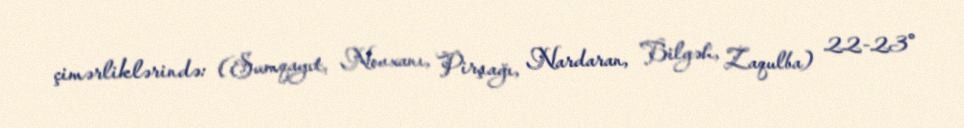
çimərliklərində: (Sumqayıt, Novxanı, Pirşağı, Nardaran, Bilgəh, Zaqulba) 22-23°